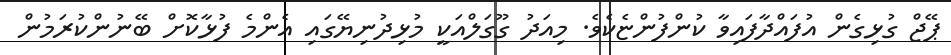
ޕޭޖް ގުޅިގެން އުފައްދާފައިވާ ކުންފުންޏެކެވެ. މިއަދު ގޫގަލްއަކީ މުޅިދުނިޔޭގައި އެންމެ ފުޅާކޮށް ބޭނުންކުރަމުން